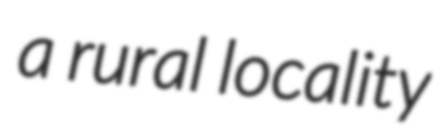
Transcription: a rural locality